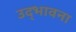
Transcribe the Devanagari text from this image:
उद्‌भावना